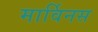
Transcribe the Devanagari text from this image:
मार्विनस